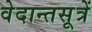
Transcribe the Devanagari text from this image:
वेदान्तसूत्रें